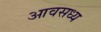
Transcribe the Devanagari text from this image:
आवसध्य